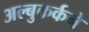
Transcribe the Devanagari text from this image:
अल्बुकर्कने